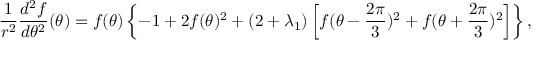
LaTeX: \frac { 1 } { r ^ { 2 } } \frac { d ^ { 2 } f } { d \theta ^ { 2 } } ( \theta ) = f ( \theta ) \left\{ - 1 + 2 f ( \theta ) ^ { 2 } + ( 2 + \lambda _ { 1 } ) \left[ f ( \theta - \frac { 2 \pi } { 3 } ) ^ { 2 } + f ( \theta + \frac { 2 \pi } { 3 } ) ^ { 2 } \right] \right\} ,